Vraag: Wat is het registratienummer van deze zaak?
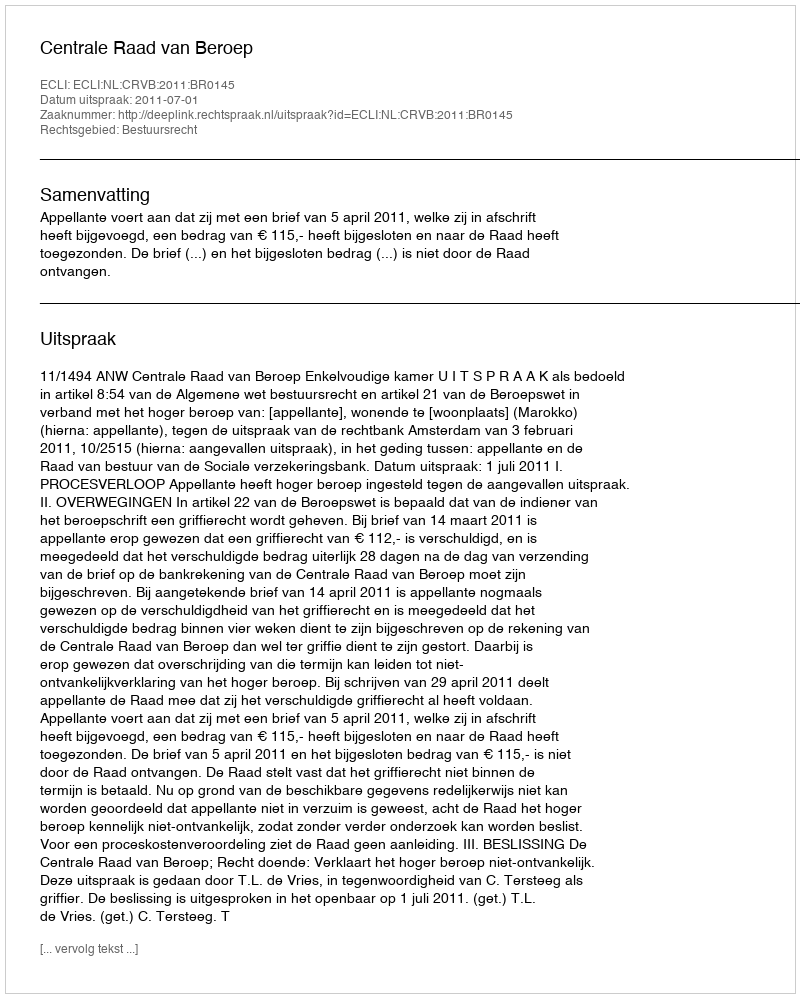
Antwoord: http://deeplink.rechtspraak.nl/uitspraak?id=ECLI:NL:CRVB:2011:BR0145